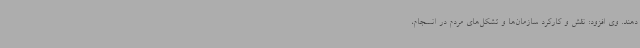
دهند. وی افزود: نقش و کارکرد سازمان‌ها و تشکل‌های مردم در انسجام،